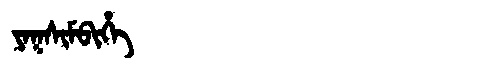
Manchu: ᠶᠠᡴᠰᡳᠮᠪᡳᡥᡝ
Romanization: YAKSIMBIHE